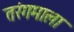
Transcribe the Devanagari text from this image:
तरंगमाला